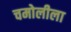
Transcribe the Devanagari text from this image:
चमोलीला